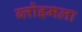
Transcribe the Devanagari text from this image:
ब्लोइमला